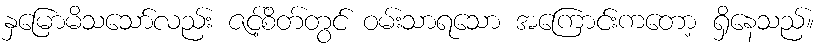
နှမြောမိသသော်လည်း ဇင့်စိတ်တွင် ဝမ်းသာရသော အကြောင်းကတော့ ရှိနေသည်။